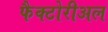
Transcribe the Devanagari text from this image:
फैक्टोरीअल